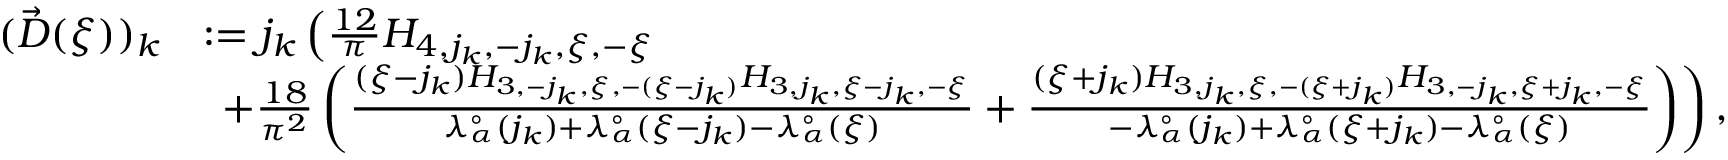
\begin{array} { r l } { ( \vec { D } ( \xi ) ) _ { k } } & { : = j _ { k } \left( \frac { 1 2 } { \pi } H _ { 4 , j _ { k } , - j _ { k } , \xi , - \xi } \right. } \\ & { \left. \ + \frac { 1 8 } { \pi ^ { 2 } } \left( \frac { ( \xi - j _ { k } ) H _ { 3 , - j _ { k } , \xi , - ( \xi - j _ { k } ) } H _ { 3 , j _ { k } , \xi - j _ { k } , - \xi } } { \lambda _ { \alpha } ^ { \circ } ( j _ { k } ) + \lambda _ { \alpha } ^ { \circ } ( \xi - j _ { k } ) - \lambda _ { \alpha } ^ { \circ } ( \xi ) } + \frac { ( \xi + j _ { k } ) H _ { 3 , j _ { k } , \xi , - ( \xi + j _ { k } ) } H _ { 3 , - j _ { k } , \xi + j _ { k } , - \xi } } { - \lambda _ { \alpha } ^ { \circ } ( j _ { k } ) + \lambda _ { \alpha } ^ { \circ } ( \xi + j _ { k } ) - \lambda _ { \alpha } ^ { \circ } ( \xi ) } \right) \right) , } \end{array}